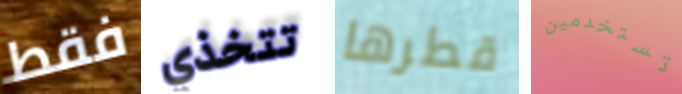
فقط تتخذي قطرها تستخدمين